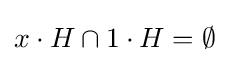
x\cdot H\cap 1\cdot H=\emptyset